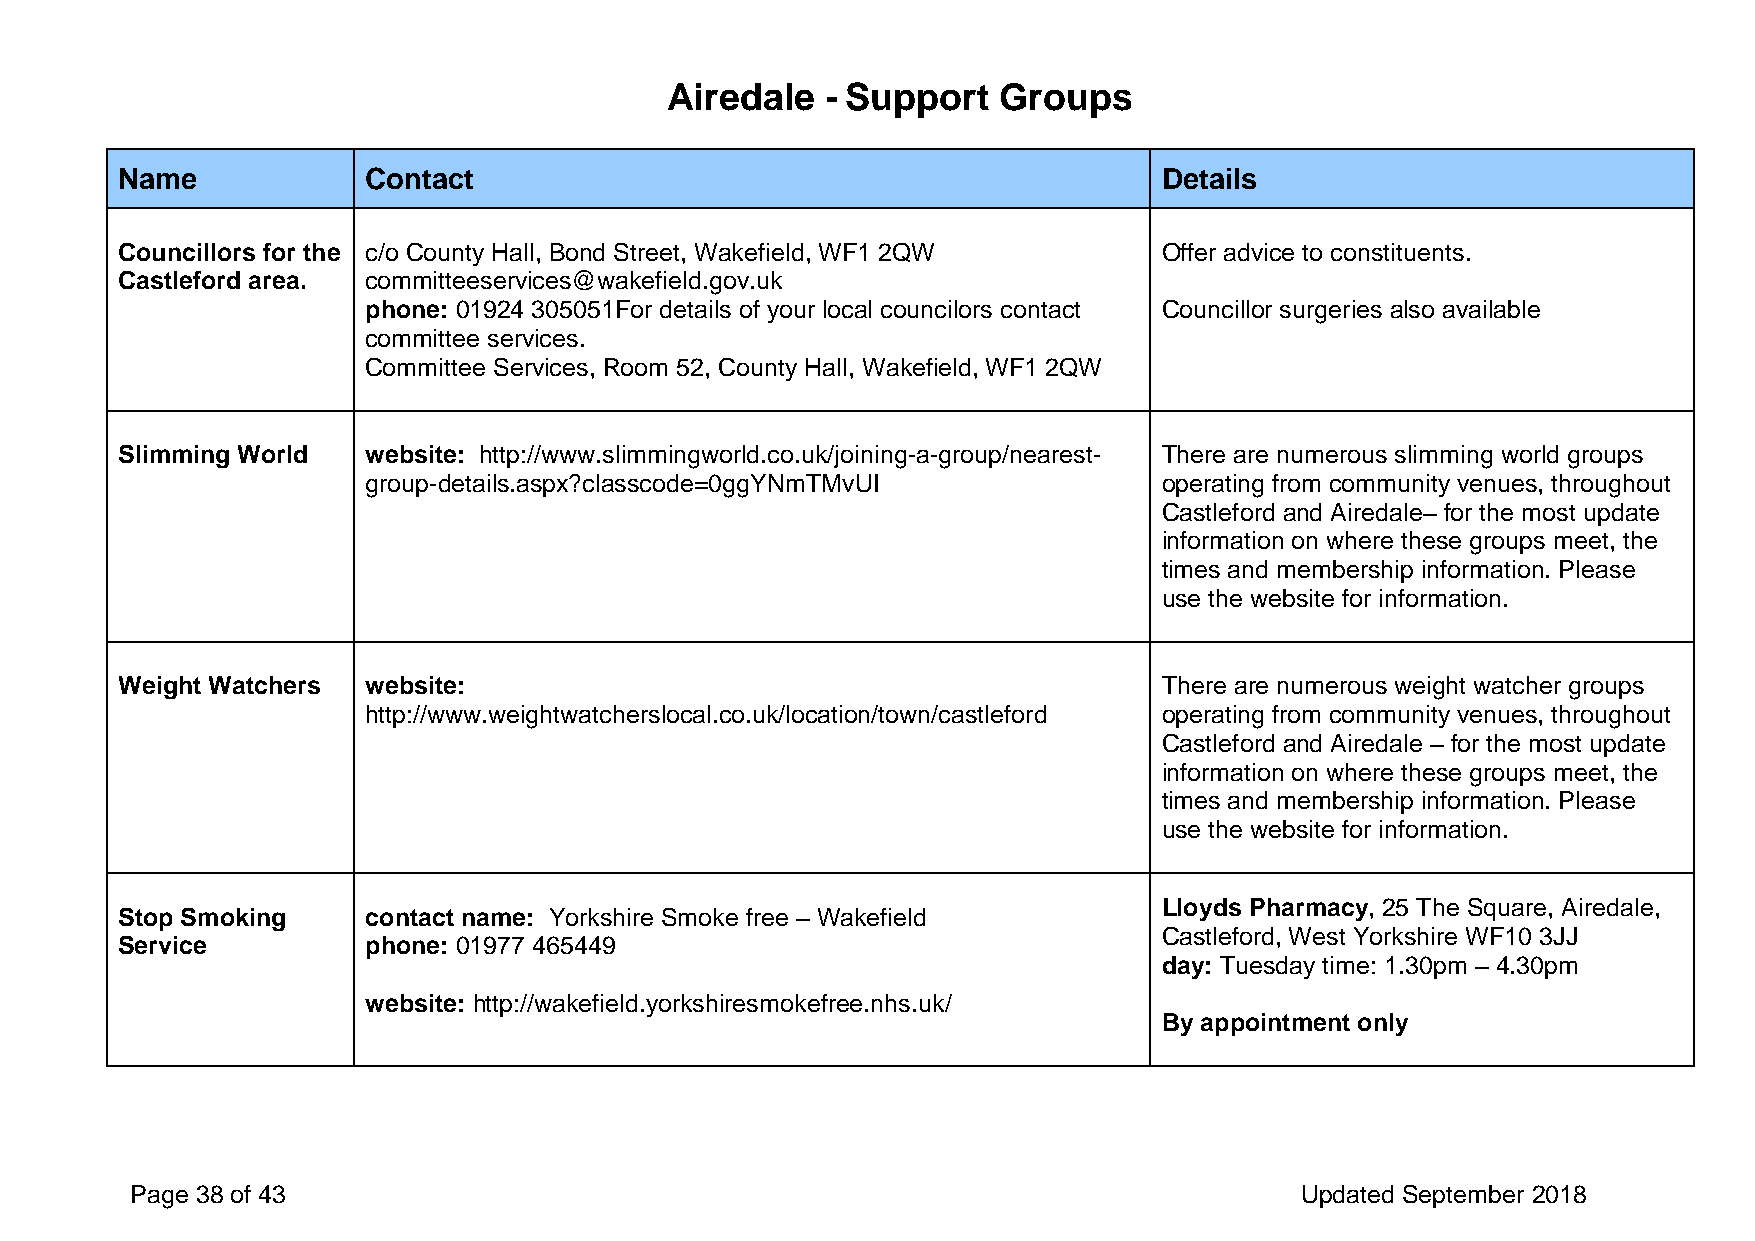
Airedale   - Support  Groups
 Name            Contact                                              Details
 Councillors for the c/o County Hall, Bond Street, Wakefield, WF1 2QW Offer advice to constituents.
 Castleford area. committeeservices@wakefield.gov.uk
 phone: 01924 305051For details of your local councilors contact Councillor surgeries also available
 committee services.
 Committee Services, Room 52, County Hall, Wakefield, WF1 2QW
 Slimming World  website: http://www.slimmingworld.co.uk/joining-a-group/nearest- There are numerous slimming world groups
 group-details.aspx?classcode=0ggYNmTMvUI             operating from community venues, throughout
 Castleford and Airedale– for the most update
 information on where these groups meet, the
 times and membership information. Please
 use the website for information.
 Weight Watchers website:                                             There are numerous weight watcher groups
 http://www.weightwatcherslocal.co.uk/location/town/castleford operating from community venues, throughout
 Castleford and Airedale – for the most update
 information on where these groups meet, the
 times and membership information. Please
 use the website for information.
 Lloyds Pharmacy, 25 The Square, Airedale,
 Stop Smoking    contact name: Yorkshire Smoke free – Wakefield
 Castleford, West Yorkshire WF10 3JJ
 Service         phone: 01977 465449
 day: Tuesday time: 1.30pm – 4.30pm
 website: http://wakefield.yorkshiresmokefree.nhs.uk/
 By appointment only
 Page 38 of 43                                                                Updated September 2018